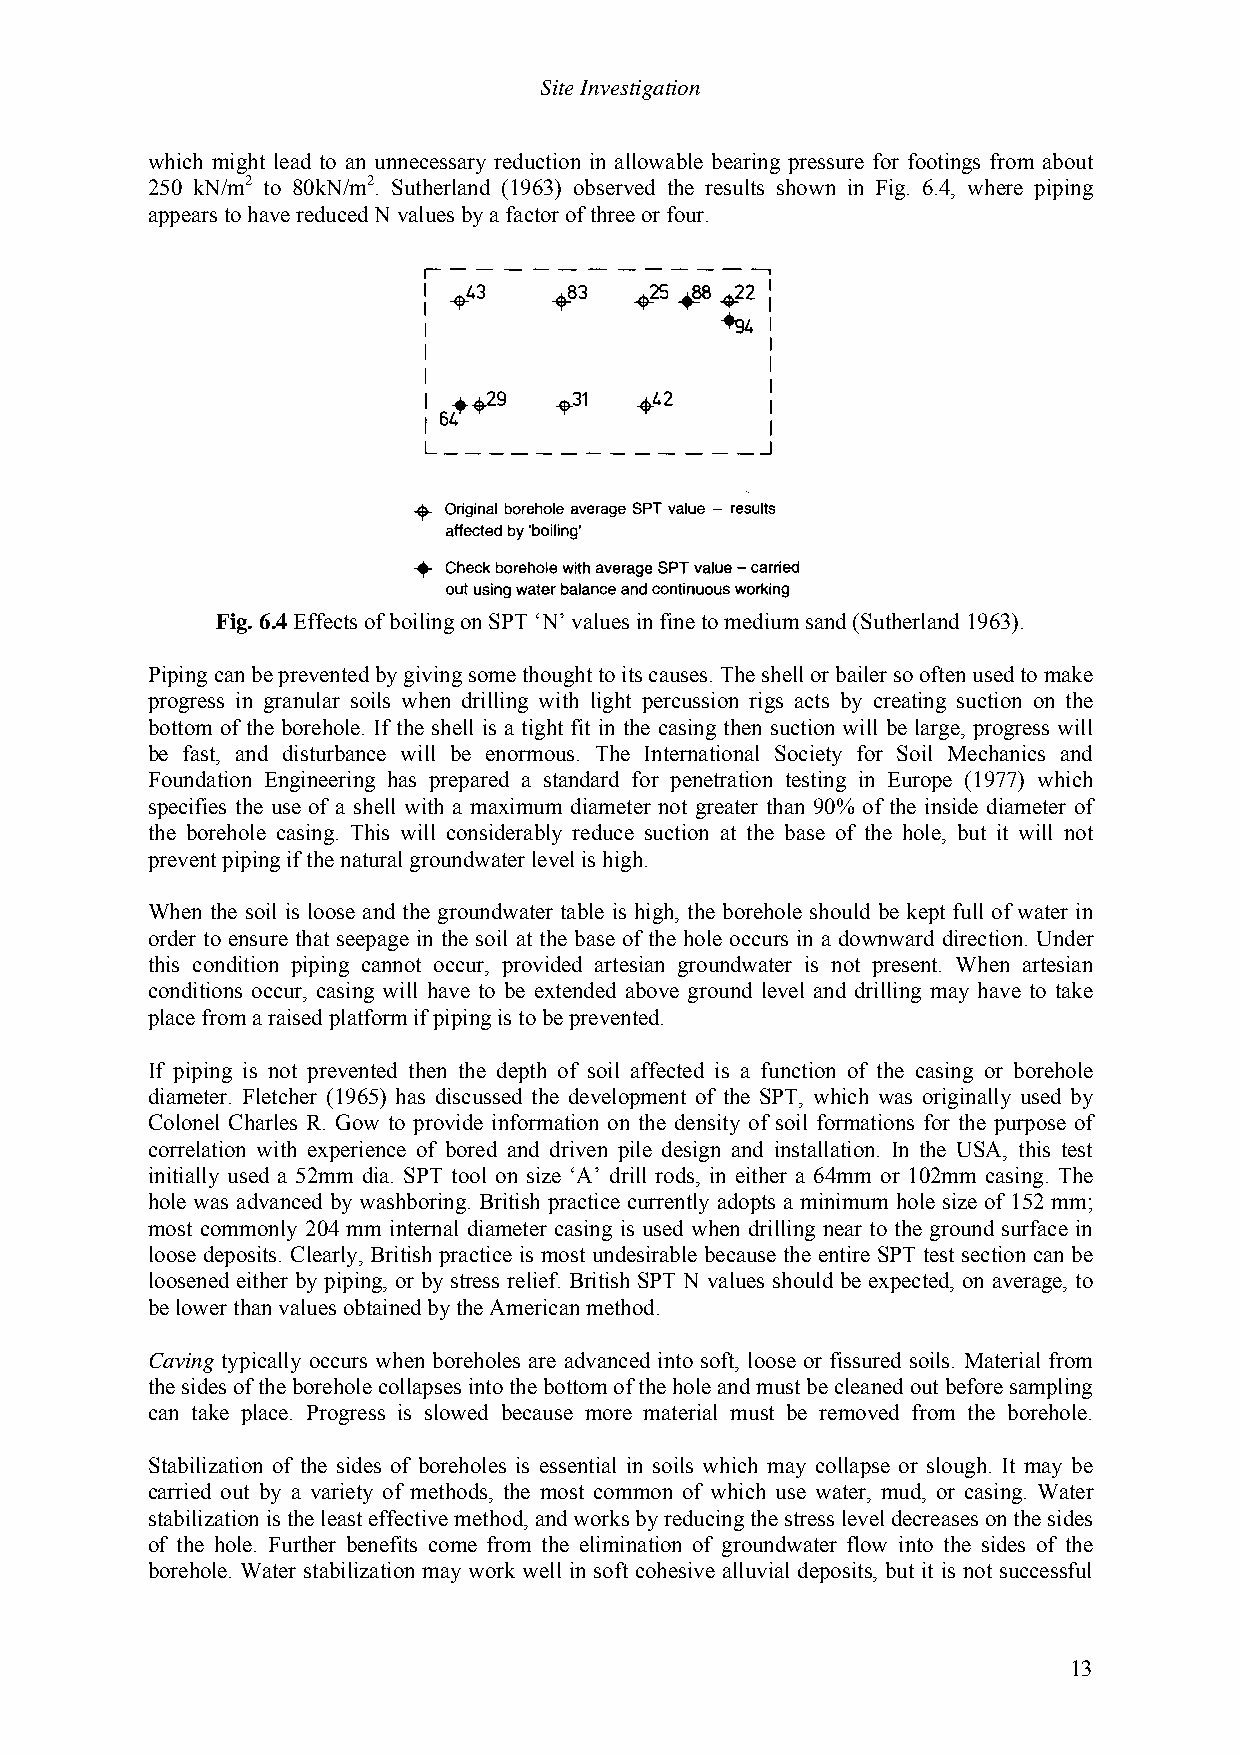
Site Investigation
 which might lead to an unnecessary reduction in allowable bearing pressure for footings from about
 250 kN/m2 to 80kN/m2. Sutherland (1963) observed the results shown in Fig. 6.4, where piping
 appears to have reduced N values by a factor of three or four.
 Fig. 6.4 Effects of boiling on SPT ‘N’ values in fine to medium sand (Sutherland 1963).
 Piping can be prevented by giving some thought to its causes. The shell or bailer so often used to make
 progress in granular soils when drilling with light percussion rigs acts by creating suction on the
 bottom of the borehole. If the shell is a tight fit in the casing then suction will be large, progress will
 be fast, and disturbance will be enormous. The International Society for Soil Mechanics and
 Foundation Engineering has prepared a standard for penetration testing in Europe (1977) which
 specifies the use of a shell with a maximum diameter not greater than 90% of the inside diameter of
 the borehole casing. This will considerably reduce suction at the base of the hole, but it will not
 prevent piping if the natural groundwater level is high.
 When the soil is loose and the groundwater table is high, the borehole should be kept full of water in
 order to ensure that seepage in the soil at the base of the hole occurs in a downward direction. Under
 this condition piping cannot occur, provided artesian groundwater is not present. When artesian
 conditions occur, casing will have to be extended above ground level and drilling may have to take
 place from a raised platform if piping is to be prevented.
 If piping is not prevented then the depth of soil affected is a function of the casing or borehole
 diameter. Fletcher (1965) has discussed the development of the SPT, which was originally used by
 Colonel Charles R. Gow to provide information on the density of soil formations for the purpose of
 correlation with experience of bored and driven pile design and installation. In the USA, this test
 initially used a 52mm dia. SPT tool on size ‘A’ drill rods, in either a 64mm or 102mm casing. The
 hole was advanced by washboring. British practice currently adopts a minimum hole size of 152 mm;
 most commonly 204 mm internal diameter casing is used when drilling near to the ground surface in
 loose deposits. Clearly, British practice is most undesirable because the entire SPT test section can be
 loosened either by piping, or by stress relief. British SPT N values should be expected, on average, to
 be lower than values obtained by the American method.
 Caving typically occurs when boreholes are advanced into soft, loose or fissured soils. Material from
 the sides of the borehole collapses into the bottom of the hole and must be cleaned out before sampling
 can take place. Progress is slowed because more material must be removed from the borehole.
 Stabilization of the sides of boreholes is essential in soils which may collapse or slough. It may be
 carried out by a variety of methods, the most common of which use water, mud, or casing. Water
 stabilization is the least effective method, and works by reducing the stress level decreases on the sides
 of the hole. Further benefits come from the elimination of groundwater flow into the sides of the
 borehole. Water stabilization may work well in soft cohesive alluvial deposits, but it is not successful
 13